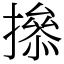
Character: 撡